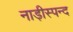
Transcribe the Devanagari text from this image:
नाड़ीस्पन्द